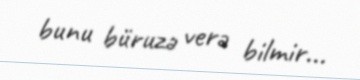
bunu büruzə verə bilmir...